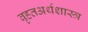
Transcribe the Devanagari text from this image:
वृहतअर्थशास्त्र